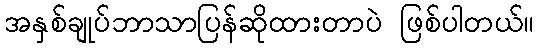
အနှစ်ချုပ်ဘာသာပြန်ဆိုထားတာပဲ ဖြစ်ပါတယ်။